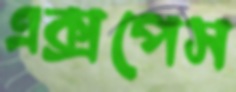
এক্সপেস